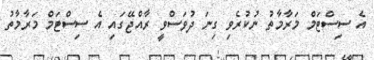
އެ ސިސްޓަމް މަރާމާތު ނުކުރެވި ގިނަ ދުވަސްވީ ރާއްޖޭގައި އެ ސިސްޓަމް މަރާމާތު